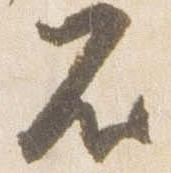
不